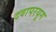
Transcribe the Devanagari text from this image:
दवापरयुग